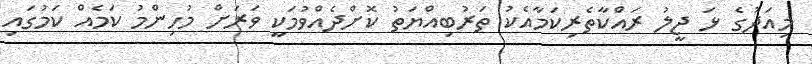
މިއަދުގެ ޅަ ޖީލު ރައްކާތެރިކަމާއެކު ތަރުބިއްޔަތު ކޮށްދެއްވުމަކީ ވަރަށް މުހިންމު ކަމެއް ކަމުގައި